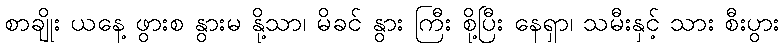
စာချိုး ယနေ့ ဖွားစ နွားမ နို့သာ၊ မိခင် နွား ကြီး စို့ပြီး နေရှာ၊ သမီးနှင့် သား စီးပွား